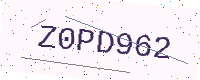
Text: Z0PD962